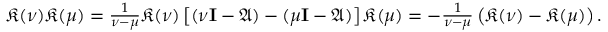
\begin{array} { r } { { \mathfrak { K } } ( { \nu } ) { \mathfrak { K } } ( { \mu } ) = \frac { 1 } { { \nu } - { \mu } } { \mathfrak { K } } ( { \nu } ) \left[ ( { \nu } { \textbf I } - \mathfrak { { A } } ) - ( { \mu } { \textbf I } - \mathfrak { { A } } ) \right] { \mathfrak { K } } ( { \mu } ) = - \frac { 1 } { { \nu } - { \mu } } \left( { \mathfrak { K } } ( { \nu } ) - { \mathfrak { K } } ( { \mu } ) \right) . } \end{array}